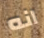
انه